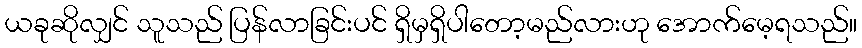
ယခုဆိုလျှင် သူသည် ပြန်လာခြင်းပင် ရှိမှရှိပါတော့မည်လားဟု အောက်မေ့ရသည်။